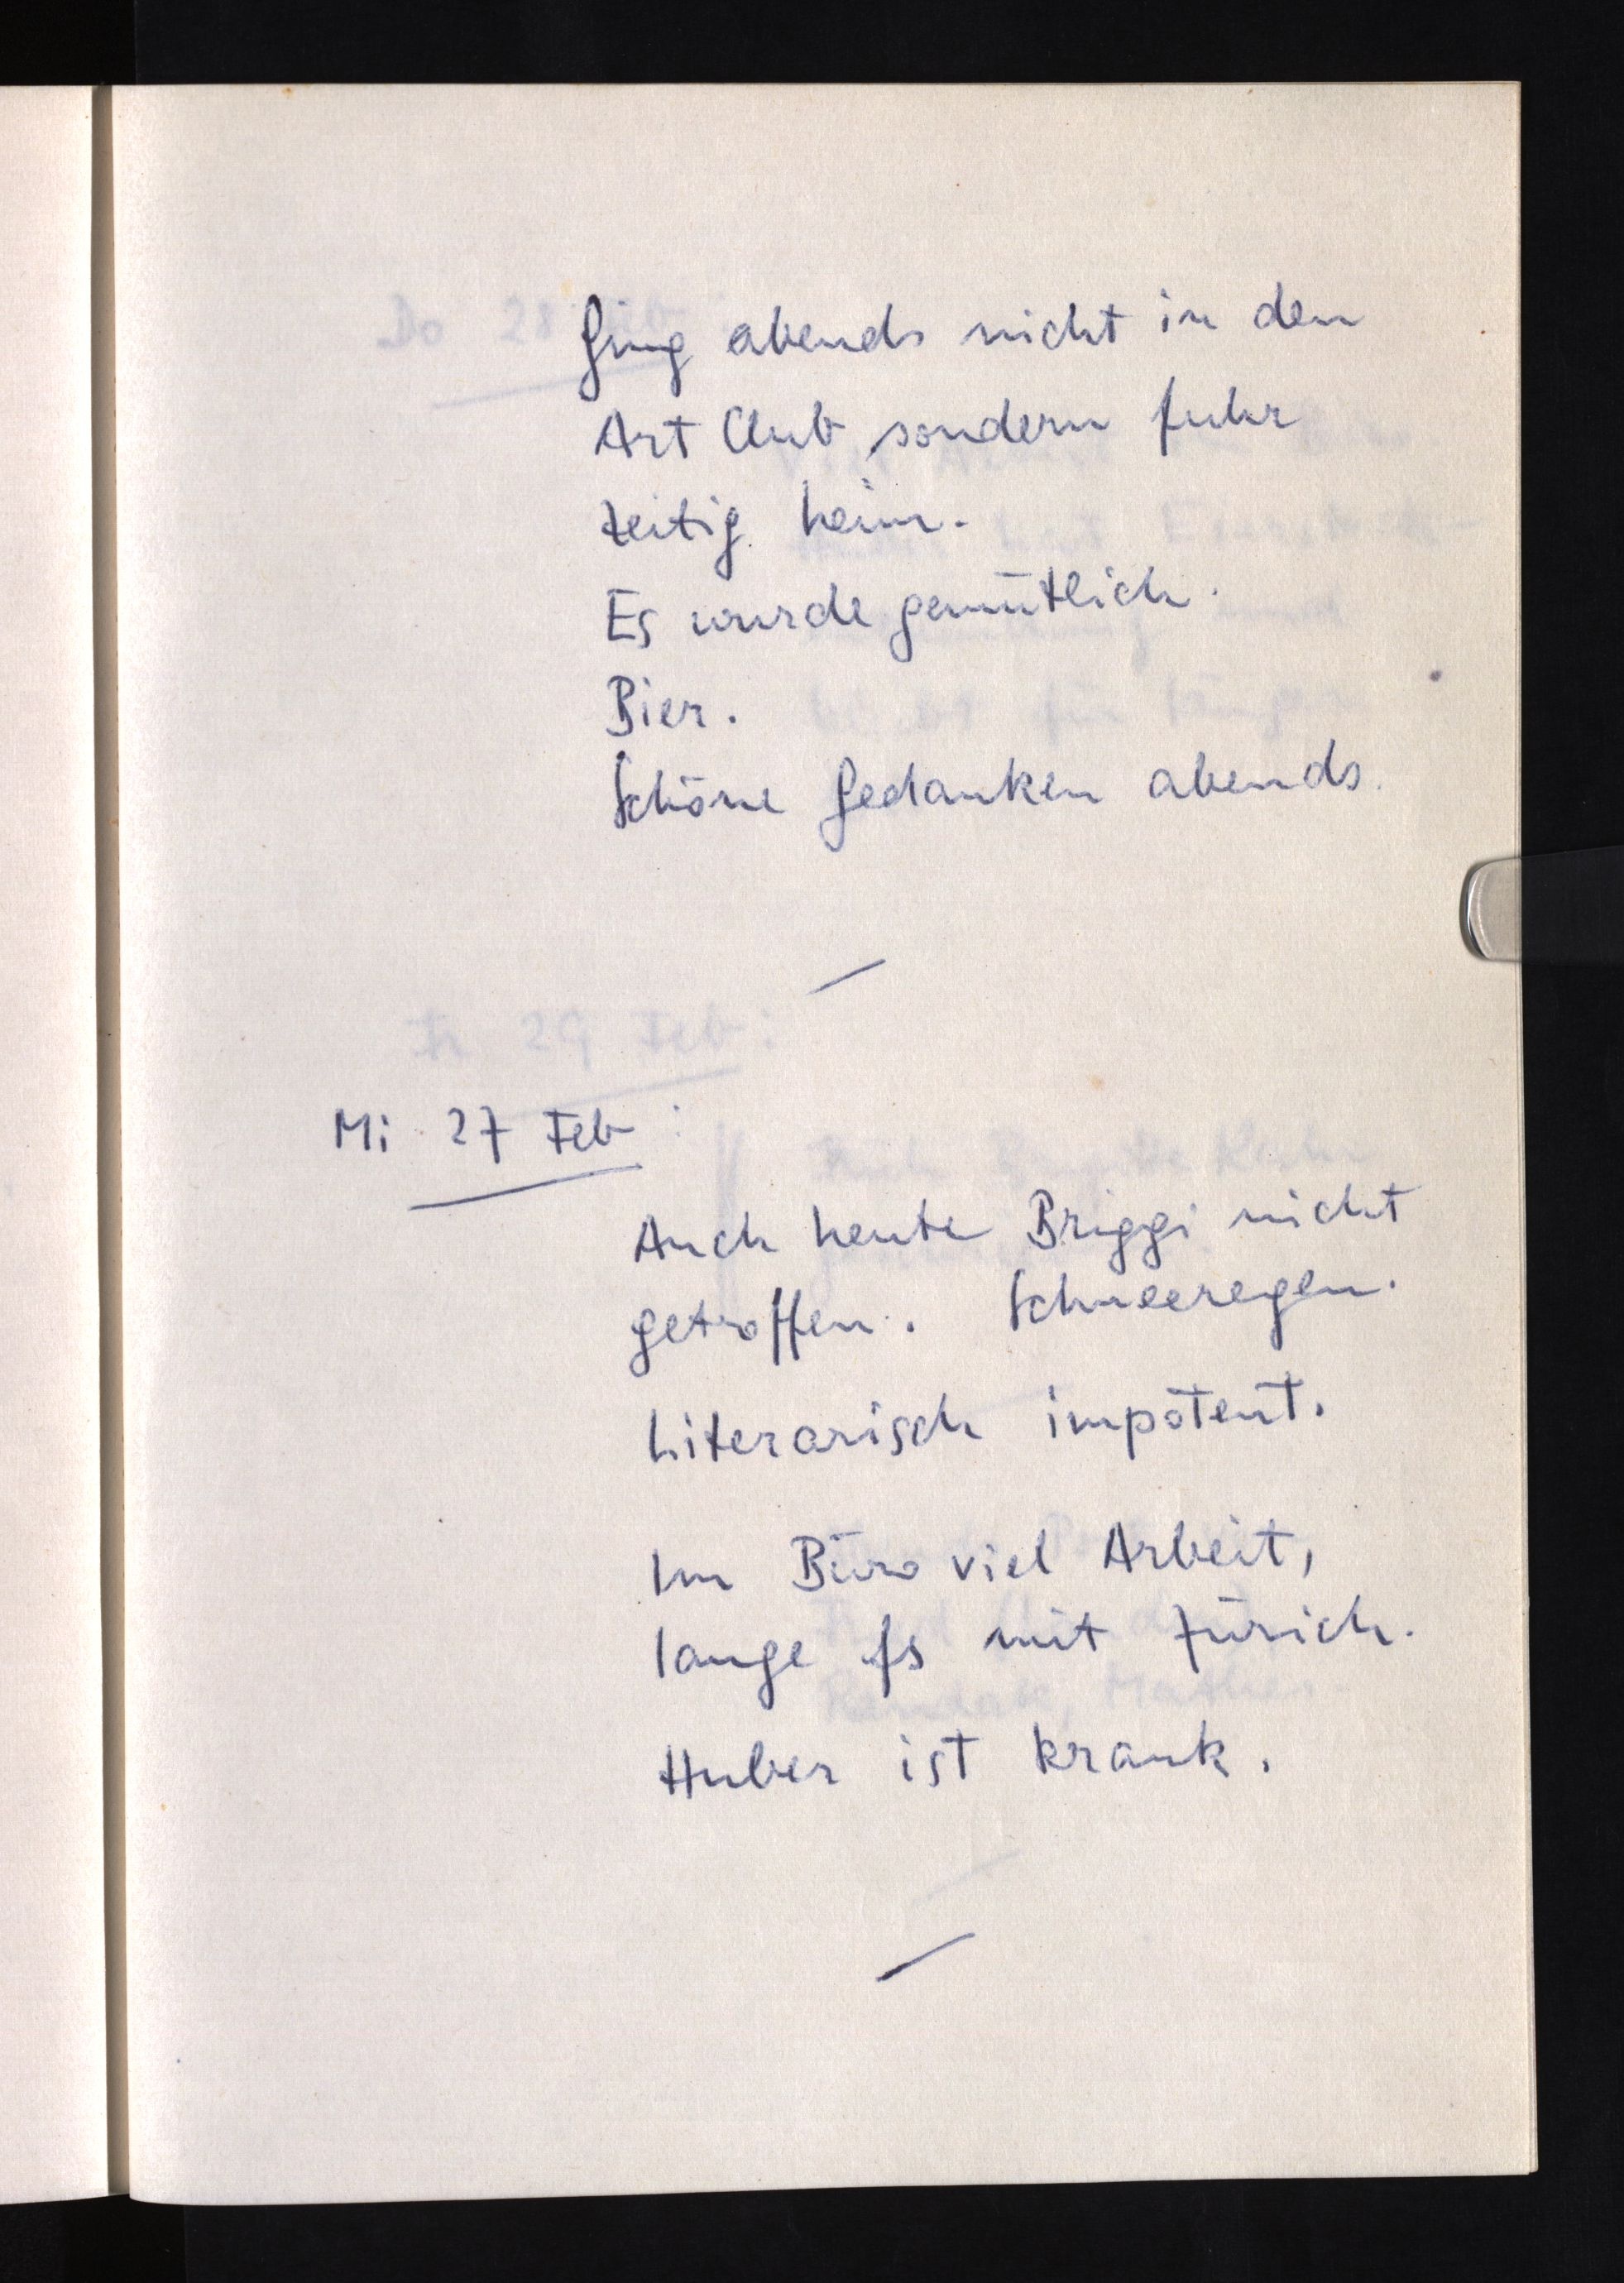
Ging abends nicht in den
Art Club sondern fuhr
zeitig heim.
Es wurde gemütlich.
Bier.
Schöne Gedanken abends.
Mi 27 Feb:
Auch heute Briggi nicht
getroffen. Schneeregen.
Literarisch impotent.
Im Büro viel Arbeit,
lange fs mit Zürich.
Huber ist krank.